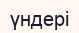
үндері